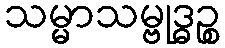
သမ္မာသမ္ဗုဒ္ဓဉ္စ